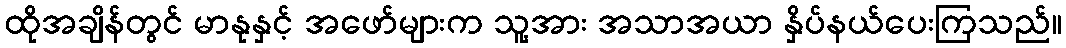
ထိုအချိန်တွင် မာနုနှင့် အဖော်များက သူ့အား အသာအယာ နှိပ်နယ်ပေးကြသည်။